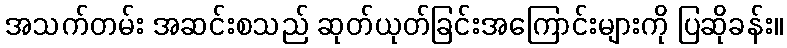
အသက်တမ်း အဆင်းစသည် ဆုတ်ယုတ်ခြင်းအကြောင်းများကို ပြဆိုခန်း။